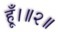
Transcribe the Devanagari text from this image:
हूँ।॥२॥